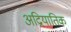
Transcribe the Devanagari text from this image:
अद्रियातिक